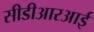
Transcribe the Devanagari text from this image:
सीडीआरआई